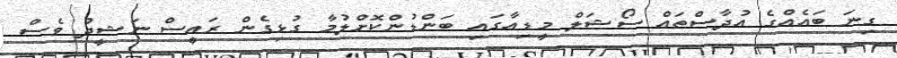
ގިނަ ބައެއްގެ އުދާސްތައް ސޯޝަލް މީޑިއާގައި ބަންޑުންކޮށްލުމާ ގުޅިގެން ރައީސް ނަޝީދު ވެސް